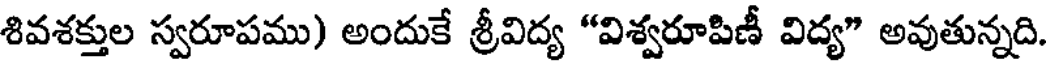
శివశక్తుల స్వరూపము) అందుకే శ్రీవిద్య "విశ్వరూపిణీ విద్య" అవుతున్నది.